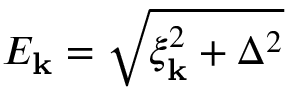
E _ { \bf k } = \sqrt { \xi _ { \bf k } ^ { 2 } + \Delta ^ { 2 } }